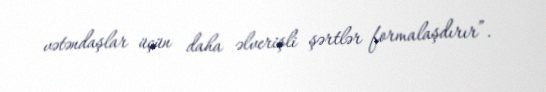
vətəndaşlar üçün daha əlverişli şərtlər formalaşdırır”.